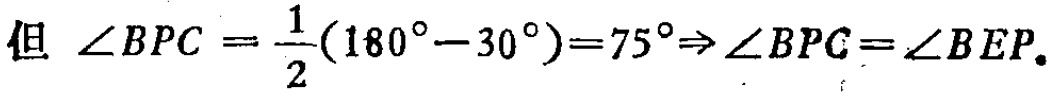
但 $\angle BPC = \frac{1}{2}(180^{\circ}-30^{\circ})=75^{\circ}\Rightarrow \angle BPC=\angle BEP.$